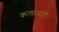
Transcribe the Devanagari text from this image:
कलानाही